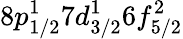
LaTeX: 8p_{1/2}^{1}7d_{3/2}^{1}6f_{5/2}^{2}